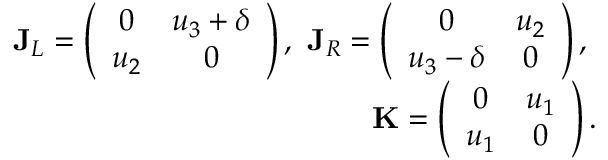
\begin{array} { r l r } & { } & { \mathbf { J } _ { L } = \left( \begin{array} { c c } { 0 } & { u _ { 3 } + \delta } \\ { u _ { 2 } } & { 0 } \end{array} \right) , ~ \mathbf { J } _ { R } = \left( \begin{array} { c c } { 0 } & { u _ { 2 } } \\ { u _ { 3 } - \delta } & { 0 } \end{array} \right) , ~ } \\ & { } & { ~ ~ ~ ~ ~ ~ ~ ~ ~ ~ ~ ~ \mathbf { K } = \left( \begin{array} { c c } { 0 } & { u _ { 1 } } \\ { u _ { 1 } } & { 0 } \end{array} \right) . } \end{array}